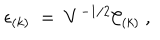
LaTeX: \epsilon _ { ( k ) } ~ = ~ V ^ { - 1 / 2 } { \cal C } _ { ( k ) } \ ,